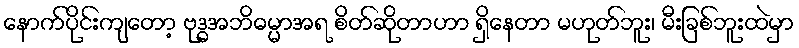
နောက်ပိုင်းကျတော့ ဗုဒ္ဓအဘိဓမ္မာအရ စိတ်ဆိုတာဟာ ရှိနေတာ မဟုတ်ဘူး၊ မီးခြစ်ဘူးထဲမှာ